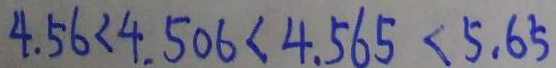
4 . 5 6 < 4 . 5 0 6 < 4 . 5 6 5 < 5 . 6 5